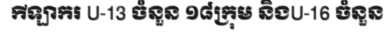
កីឡាករ U-13 ចំនួន ១៨ក្រុម និងU-16 ចំនួន